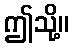
ဤသို့။